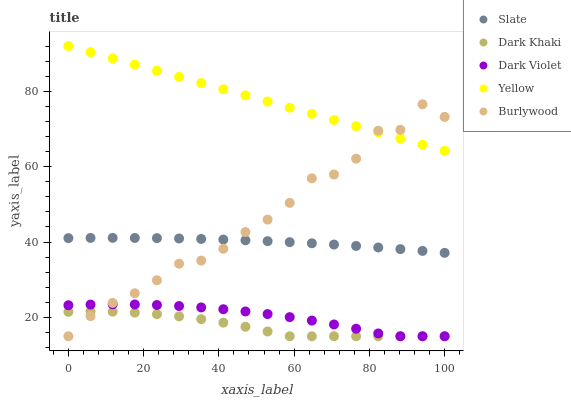
| xaxis_label | Slate | Dark Khaki | Dark Violet | Yellow | Burlywood |
 | --- | --- | --- | --- | --- | --- |
 | 0 | 41 | 21.5 | 23.2 | 92 | 15 |
 | 5.88 | 41.1 | 21.6 | 23.4 | 90.4 | 20.3 |
 | 11.8 | 41.1 | 21.5 | 23.5 | 88.7 | 23.8 |
 | 17.6 | 41.1 | 21.3 | 23.4 | 87.1 | 26.4 |
 | 23.5 | 41 | 20.9 | 23.3 | 85.5 | 29.9 |
 | 29.4 | 40.9 | 20.3 | 23 | 83.8 | 34.2 |
 | 35.3 | 40.8 | 19.5 | 22.7 | 82.2 | 35.1 |
 | 41.2 | 40.7 | 18.6 | 22.2 | 80.5 | 38.2 |
 | 47.1 | 40.5 | 17.5 | 21.6 | 78.9 | 42.6 |
 | 52.9 | 40.2 | 16.3 | 20.9 | 77.3 | 46 |
 | 58.8 | 40 | 15 | 20.1 | 75.6 | 50.4 |
 | 64.7 | 39.7 | 15 | 19.2 | 74 | 56.9 |
 | 70.6 | 39.3 | 15 | 18.1 | 72.4 | 57.9 |
 | 76.5 | 39 | 15 | 17 | 70.7 | 62.1 |
 | 82.4 | 38.6 | 15 | 15.7 | 69.1 | 69.5 |
 | 88.2 | 38.1 | 15 | 15 | 67.5 | 69.8 |
 | 94.1 | 37.6 | 15 | 15 | 65.8 | 76.5 |
 | 100 | 37.1 | 15 | 15 | 64.2 | 73.2 |